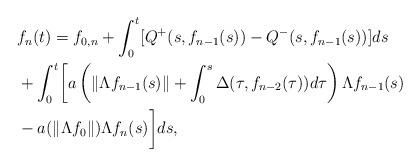
LaTeX: \begin{align*}& f_n(t) =f_{0,n}+\int_0^t [Q^{+}(s,f_{n-1}(s))-Q^{-}(s,f_{n-1}(s))]ds \\&+ \int_0^t \biggl[ a\left( \left\| \Lambda f_{n-1}(s)\right\|+\int_0^s\Delta (\tau,f_{n-2}(\tau))d\tau\right) \Lambda f_{n-1}(s)\\&-a(\left\|\Lambda f_0\right\| )\Lambda f_n(s)\biggr]ds,\end{align*}